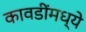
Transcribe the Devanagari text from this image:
कावडींमध्ये